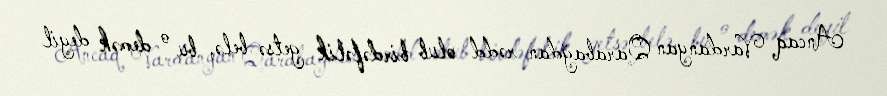
Ancaq Vardanyan Qarabağdan rədd olub birdəfəlik getsə belə, bu o demək deyil